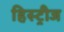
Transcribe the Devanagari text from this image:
हिस्ट्रीज